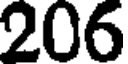
206